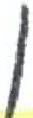
אות: ן